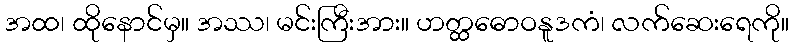
အထ၊ ထိုနောင်မှ။ အဿ၊ မင်းကြီးအား။ ဟတ္ထဓောဝနူဒကံ၊ လက်ဆေးရေကို။